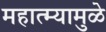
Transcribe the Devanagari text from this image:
महात्म्यामुळे